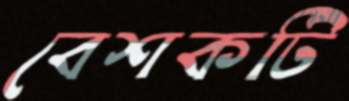
বেশকটি